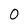
Character: 0